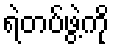
ရဲတပ်ဖွဲ့ကို